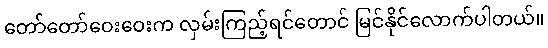
တော်တော်ဝေးဝေးက လှမ်းကြည့်ရင်တောင် မြင်နိုင်လောက်ပါတယ်။